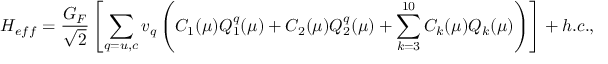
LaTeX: { \cal { H } } _ { e f f } = \frac { G _ { F } } { \sqrt { 2 } } \left[ \sum _ { q = u , c } v _ { q } \left( C _ { 1 } ( \mu ) Q _ { 1 } ^ { q } ( \mu ) + C _ { 2 } ( \mu ) Q _ { 2 } ^ { q } ( \mu ) + \sum _ { k = 3 } ^ { 1 0 } C _ { k } ( \mu ) Q _ { k } ( \mu ) \right) \right] + h . c . ,